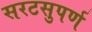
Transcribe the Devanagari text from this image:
सरटसुपर्ण